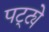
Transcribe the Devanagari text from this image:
पट्ट्ये